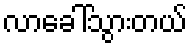
လာခေါ်သွားတယ်